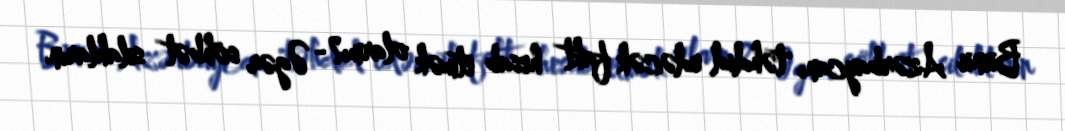
Bunu Azərbaycanı təhdid edəcək fakt hesab etmək olarmı?- Əgər söhbət silahların